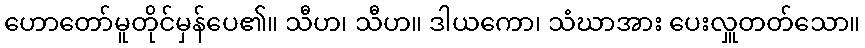
ဟောတော်မူတိုင်မှန်ပေ၏။ သီဟ၊ သီဟ။ ဒါယကော၊ သံဃာအား ပေးလှူတတ်သော။